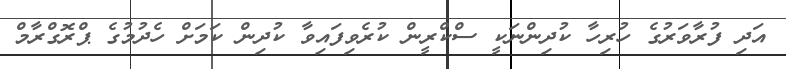
އަދި ފުރާވަރުގެ ހުރިހާ ކުދިންނަކީ ސްކްރީން ކުރެވިފައިވާ ކުދިން ކަމަށް ހެދުމުގެ ޕްރޮގްރާމް